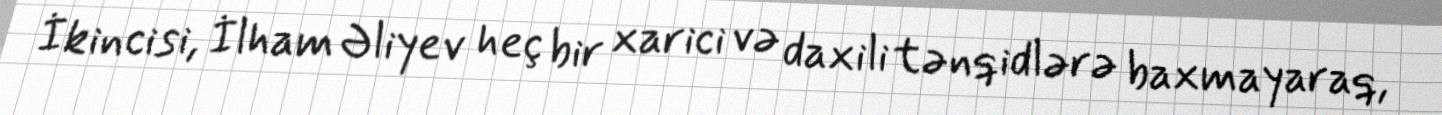
İkincisi, İlham Əliyev heç bir xarici və daxili tənqidlərə baxmayaraq,